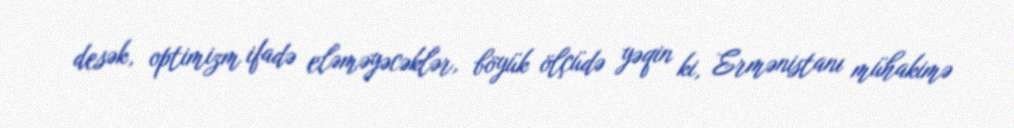
desək, optimizm ifadə eləməyəcəklər, böyük ölçüdə yəqin ki, Ermənistanı mühakimə